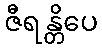
ဇီရန္တိပေ